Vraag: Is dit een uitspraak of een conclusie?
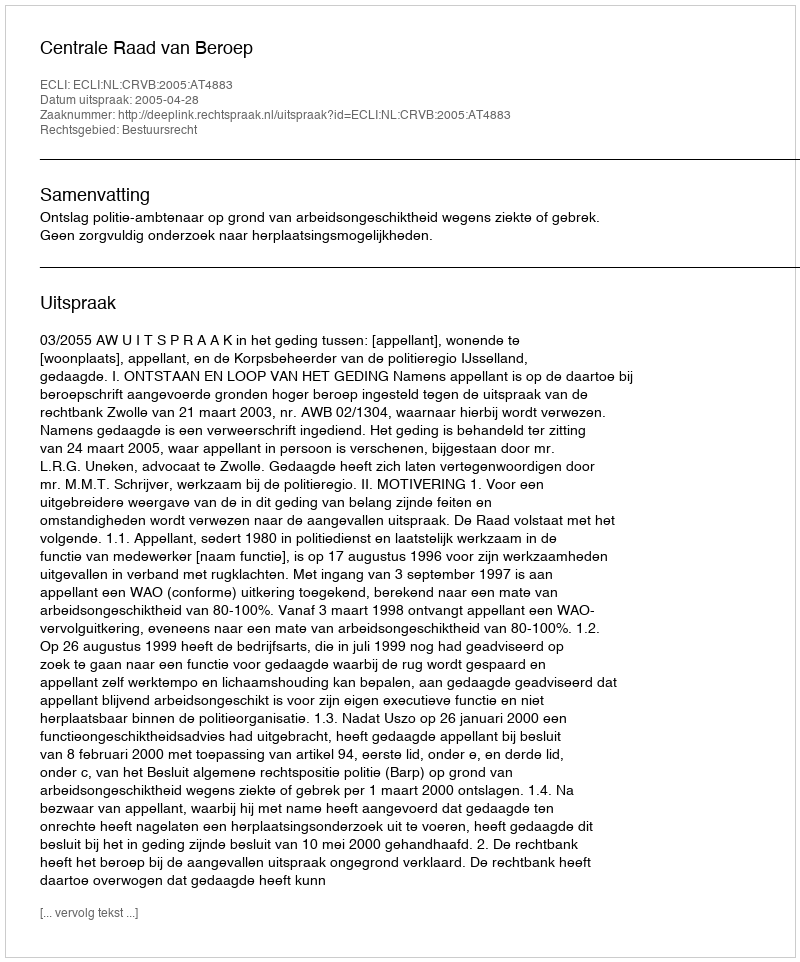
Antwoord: Uitspraak